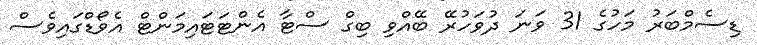
ޑިސެމްބަރު މަހުގެ 31 ވަނަ ދުވަހުރޭ ބޭއްވި ބިގް ސްޓާ އެންޓަޓައިމަންޓް އެވޯޑްގައިވެސް